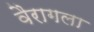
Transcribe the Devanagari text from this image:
वैरागला